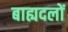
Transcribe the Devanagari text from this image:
बाह्यदलों